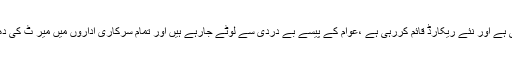
انہوں نے ایک بیان میں کہا کہ صوبائی حکومت کرپشن اور اقربہ پروری کی انتہا کررہی ہے اور نئے ریکارڈ قائم کررہی ہے ،عوام کے پیسے بے دردی سے لوٹے جارہے ہیں اور تمام سرکاری اداروں میں میر ٹ کی دھجیاں اڑاتے ہوئے ن لیگ کے ورکروں اور ایک ہی محلہ کے لوگوں کو نواز ا جارہا ہے۔